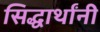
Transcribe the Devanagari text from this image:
सिद्धार्थांनी